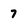
Character: 7